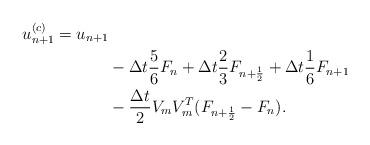
LaTeX: \begin{align*}u_{n+1}^{(c)} = u_{n+1} &\\& - \Delta t \frac{5}{6} F_n + \Delta t \frac{2}{3} F_{n+\frac{1}{2}} + \Delta t \frac{1}{6} F_{n+1} \\& - \frac{\Delta t}{2} V_m V_m^T ( F_{n+\frac{1}{2}}- F_n ).\end{align*}